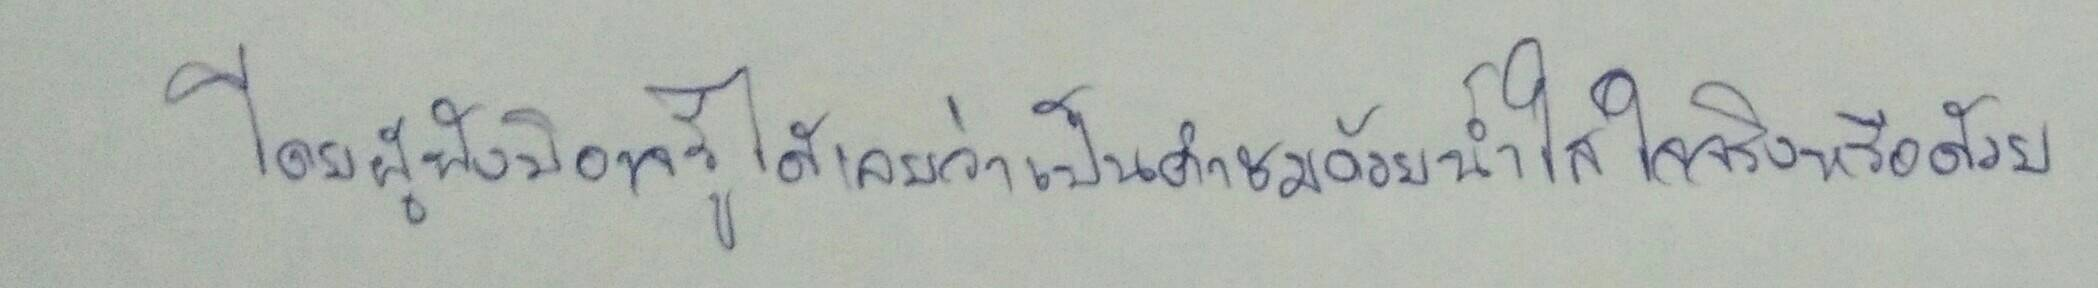
โดยผู้ฟังมิอาจรู้ได้เลยว่าเป็นคำชมด้วยน้ำใสใจจริงหรือด้วย